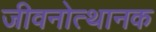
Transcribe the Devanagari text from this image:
जीवनोत्थानक